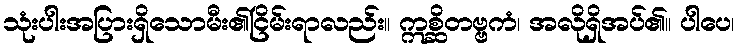
သုံးပါးအပြားရှိသောမီး၏ငြိမ်းရာလည်း။ ဣစ္ဆိတဗ္ဗကံ၊ အလိုရှိအပ်၏။ ပါပေ၊